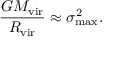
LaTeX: { \frac { G M _ { \mathrm { v i r } } } { R _ { \mathrm { v i r } } } } \approx \sigma _ { \operatorname* { m a x } } ^ { 2 } .